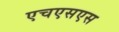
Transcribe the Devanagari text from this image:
एचएसएस